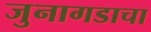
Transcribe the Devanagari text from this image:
जुनागडाचा